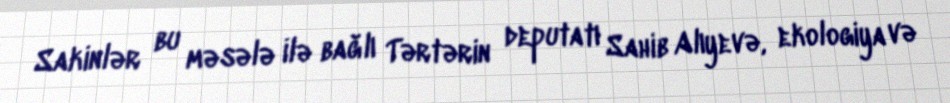
Sakinlər bu məsələ ilə bağlı Tərtərin deputatı Sahib Alıyevə, ekologiya və